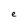
Character: e